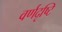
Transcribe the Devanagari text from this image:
वर्णदृष्टि